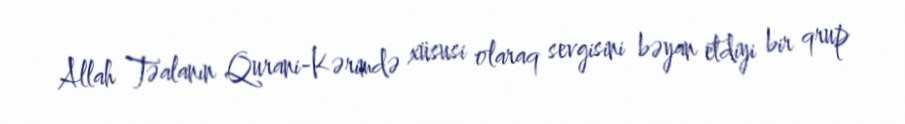
Allah Təalanın Qurani-Kərimdə xüsusi olaraq sevgisini bəyan etdiyi bir qrup